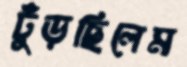
ঢুঁড়ছিলেম